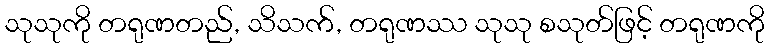
သုသုကို တရုဏတည်, သိသက်, တရုဏဿ သုသု စသုတ်ဖြင့် တရုဏကို